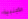
الأجنبية